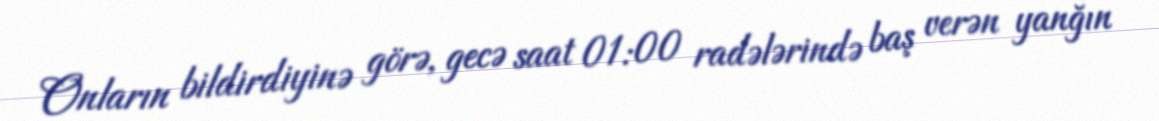
Onların bildirdiyinə görə, gecə saat 01:00 radələrində baş verən yanğın